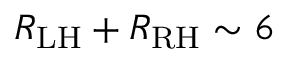
R _ { \mathrm { L H } } + R _ { \mathrm { R H } } \sim 6 \